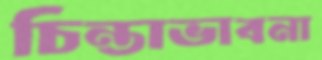
চিন্তাভাবনা